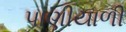
પાણીયાળી